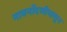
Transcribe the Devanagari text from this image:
नावनोंदणीपासून